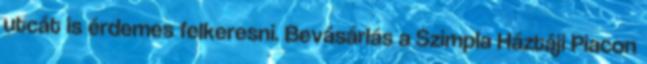
utcát is érdemes felkeresni. Bevásárlás a Szimpla Háztáji Piacon